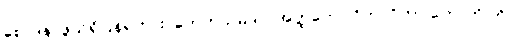
စောဒနာဖွယ်ရှိပြန်ရကား ‘ဟေတုသမ္ပဒါပိ အတ္ထတော ဝိဘာဝိတာ ဟောတိ’ကို